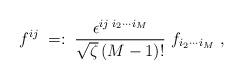
LaTeX: \begin{align*}f^{ij}\;=:\; \frac{\epsilon^{ij\;i_2\cdots i_M}}{\sqrt{\zeta}\,(M-1)!}\ f_{i_2 \cdots i_M} \ ,\end{align*}